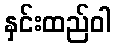
နှင်းထည်ဝါ